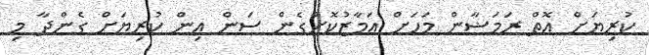
ކުރިޔަށް އޮތް ރަމަޟާން މަހަށް އަމާޒުކޮށްގެން ސަން އިން ކުރިޔަށް ގެންދާ މި